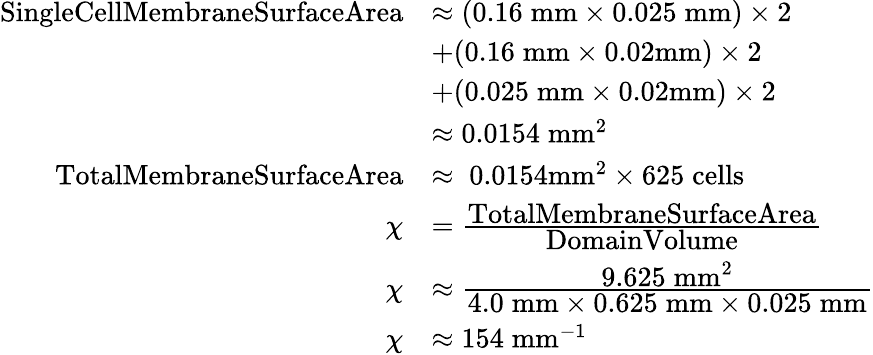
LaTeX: \begin{array}{rl}{\textrm{SingleCellMembraneSurfaceArea}}&{\approx(0.16\; \textrm{mm}\times 0.025\; \textrm{mm})\times 2}\\ &{+(0.16\; \textrm{mm}\times 0.02\textrm{mm})\times 2}\\ &{+(0.025\; \textrm{mm}\times 0.02\textrm{mm})\times 2}\\ &{\approx 0.0154\; \textrm{mm}^{2}}\\ {\textrm{TotalMembraneSurfaceArea}}&{\approx\; 0.0154\textrm{mm}^{2}\times 625\; \textrm{cells}}\\ {\chi}&{=\frac{\displaystyle\textrm{TotalMembraneSurfaceArea}}{\displaystyle\textrm{DomainVolume}}\; }\\ {\chi}&{\approx\frac{\displaystyle 9.625\; \textrm{mm}^{2}}{\displaystyle 4.0\; \textrm{mm}\times 0.625\; \textrm{mm}\times 0.025\; \textrm{mm}}}\\ {\chi}&{\approx 154\; \textrm{mm}^{-1}}\end{array}